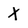
Character: X